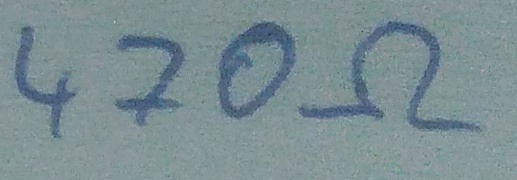
Text: 470Ω